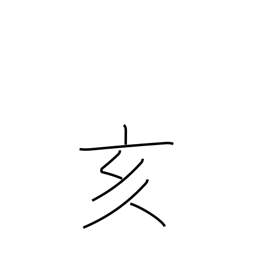
Meaning: 9-11PM